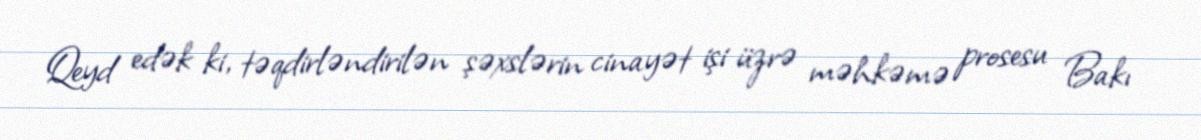
Qeyd edək ki, təqdirləndirilən şəxslərin cinayət işi üzrə məhkəmə prosesu Bakı